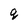
Character: q